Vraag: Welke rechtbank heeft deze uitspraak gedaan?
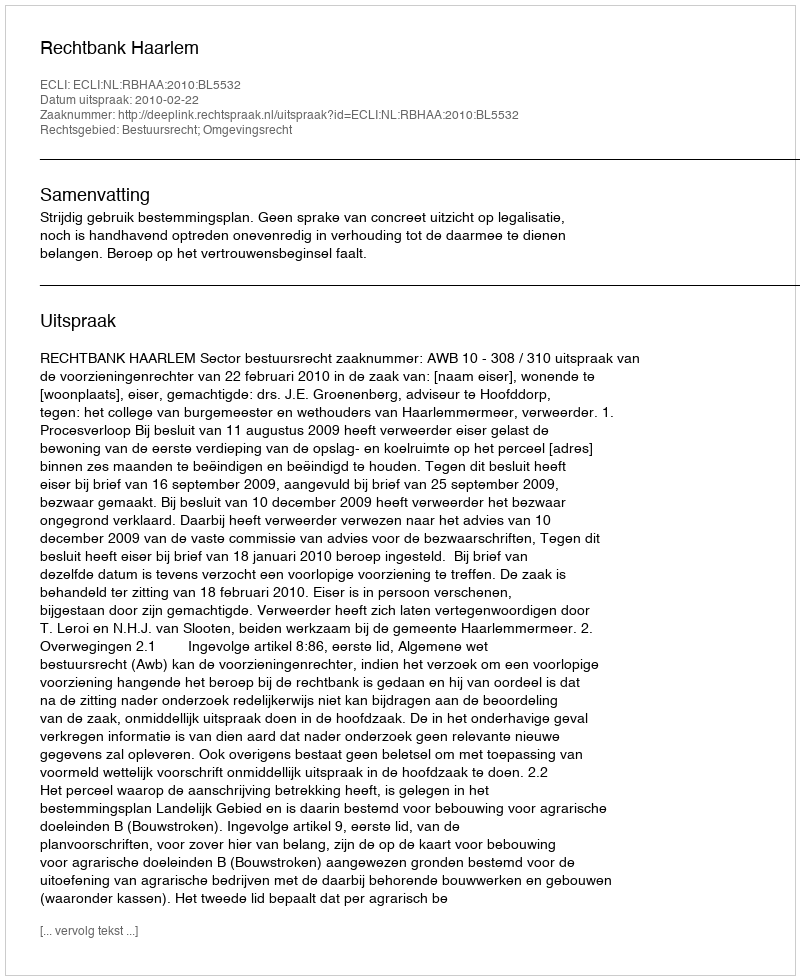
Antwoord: Rechtbank Haarlem